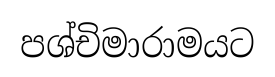
පශ්චිමාරාමයට